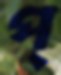
প্